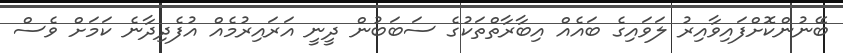
ބޭނުންކޮށްފައިވާއިރު ލަވައިގެ ބައެއް އިބާރާތްތަކުގެ ސަބަބުން ދީނީ އަރައިރުމެއް އުފެދިދާނެ ކަމަށް ވެސް